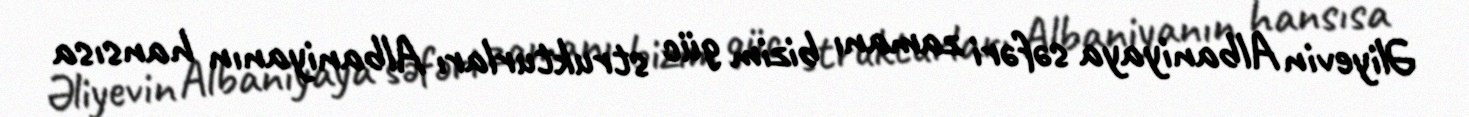
Əliyevin Albaniyaya səfəri zamanı bizim güc strukturları Albaniyanın hansısa